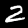
Label: 2